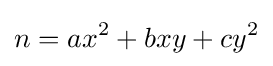
n=ax^{2}+bxy+cy^{2}